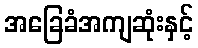
အခြေခံအကျဆုံးနှင့်